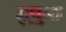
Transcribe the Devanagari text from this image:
मुकुठ